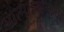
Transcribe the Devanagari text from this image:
आत्मकथनाचा